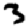
Digit: 3